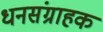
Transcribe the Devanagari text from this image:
धनसंग्राहक